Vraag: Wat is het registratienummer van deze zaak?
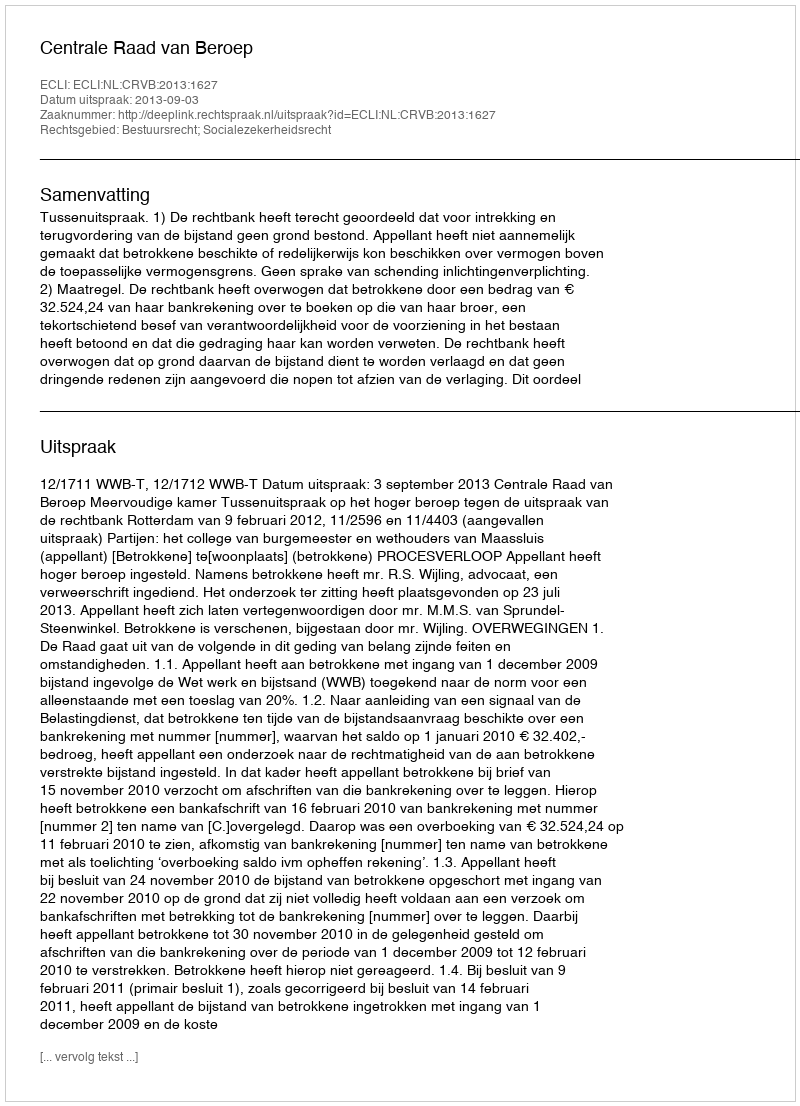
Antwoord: http://deeplink.rechtspraak.nl/uitspraak?id=ECLI:NL:CRVB:2013:1627